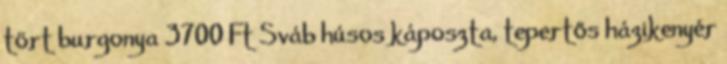
tört burgonya 3700 Ft Sváb húsos káposzta, tepertős házikenyér